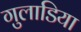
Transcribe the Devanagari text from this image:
गुलाडिया